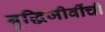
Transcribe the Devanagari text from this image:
बुद्धिजीवींची